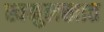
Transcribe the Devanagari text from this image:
स्वमुलखात